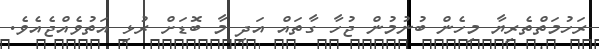
ރަހުމަތްތެރިޔާ މިހެން ބުނުމުން ޖުހާ ގާތައް އަދި މާ ބޮޑަށް ރުޅި އަތުވެއްޖެއެވެ.